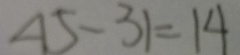
4 5 - 3 1 = 1 4